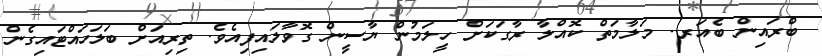
ބްރައިން ބެއަރ.. މަލާމަތް ކޮއްލާ ރާގަކަށް ހީލަމުން ޔާސީން ގޮވާލައިފިއެވެ. ތިރިއަށް ބަލަހައްޓައިގެން